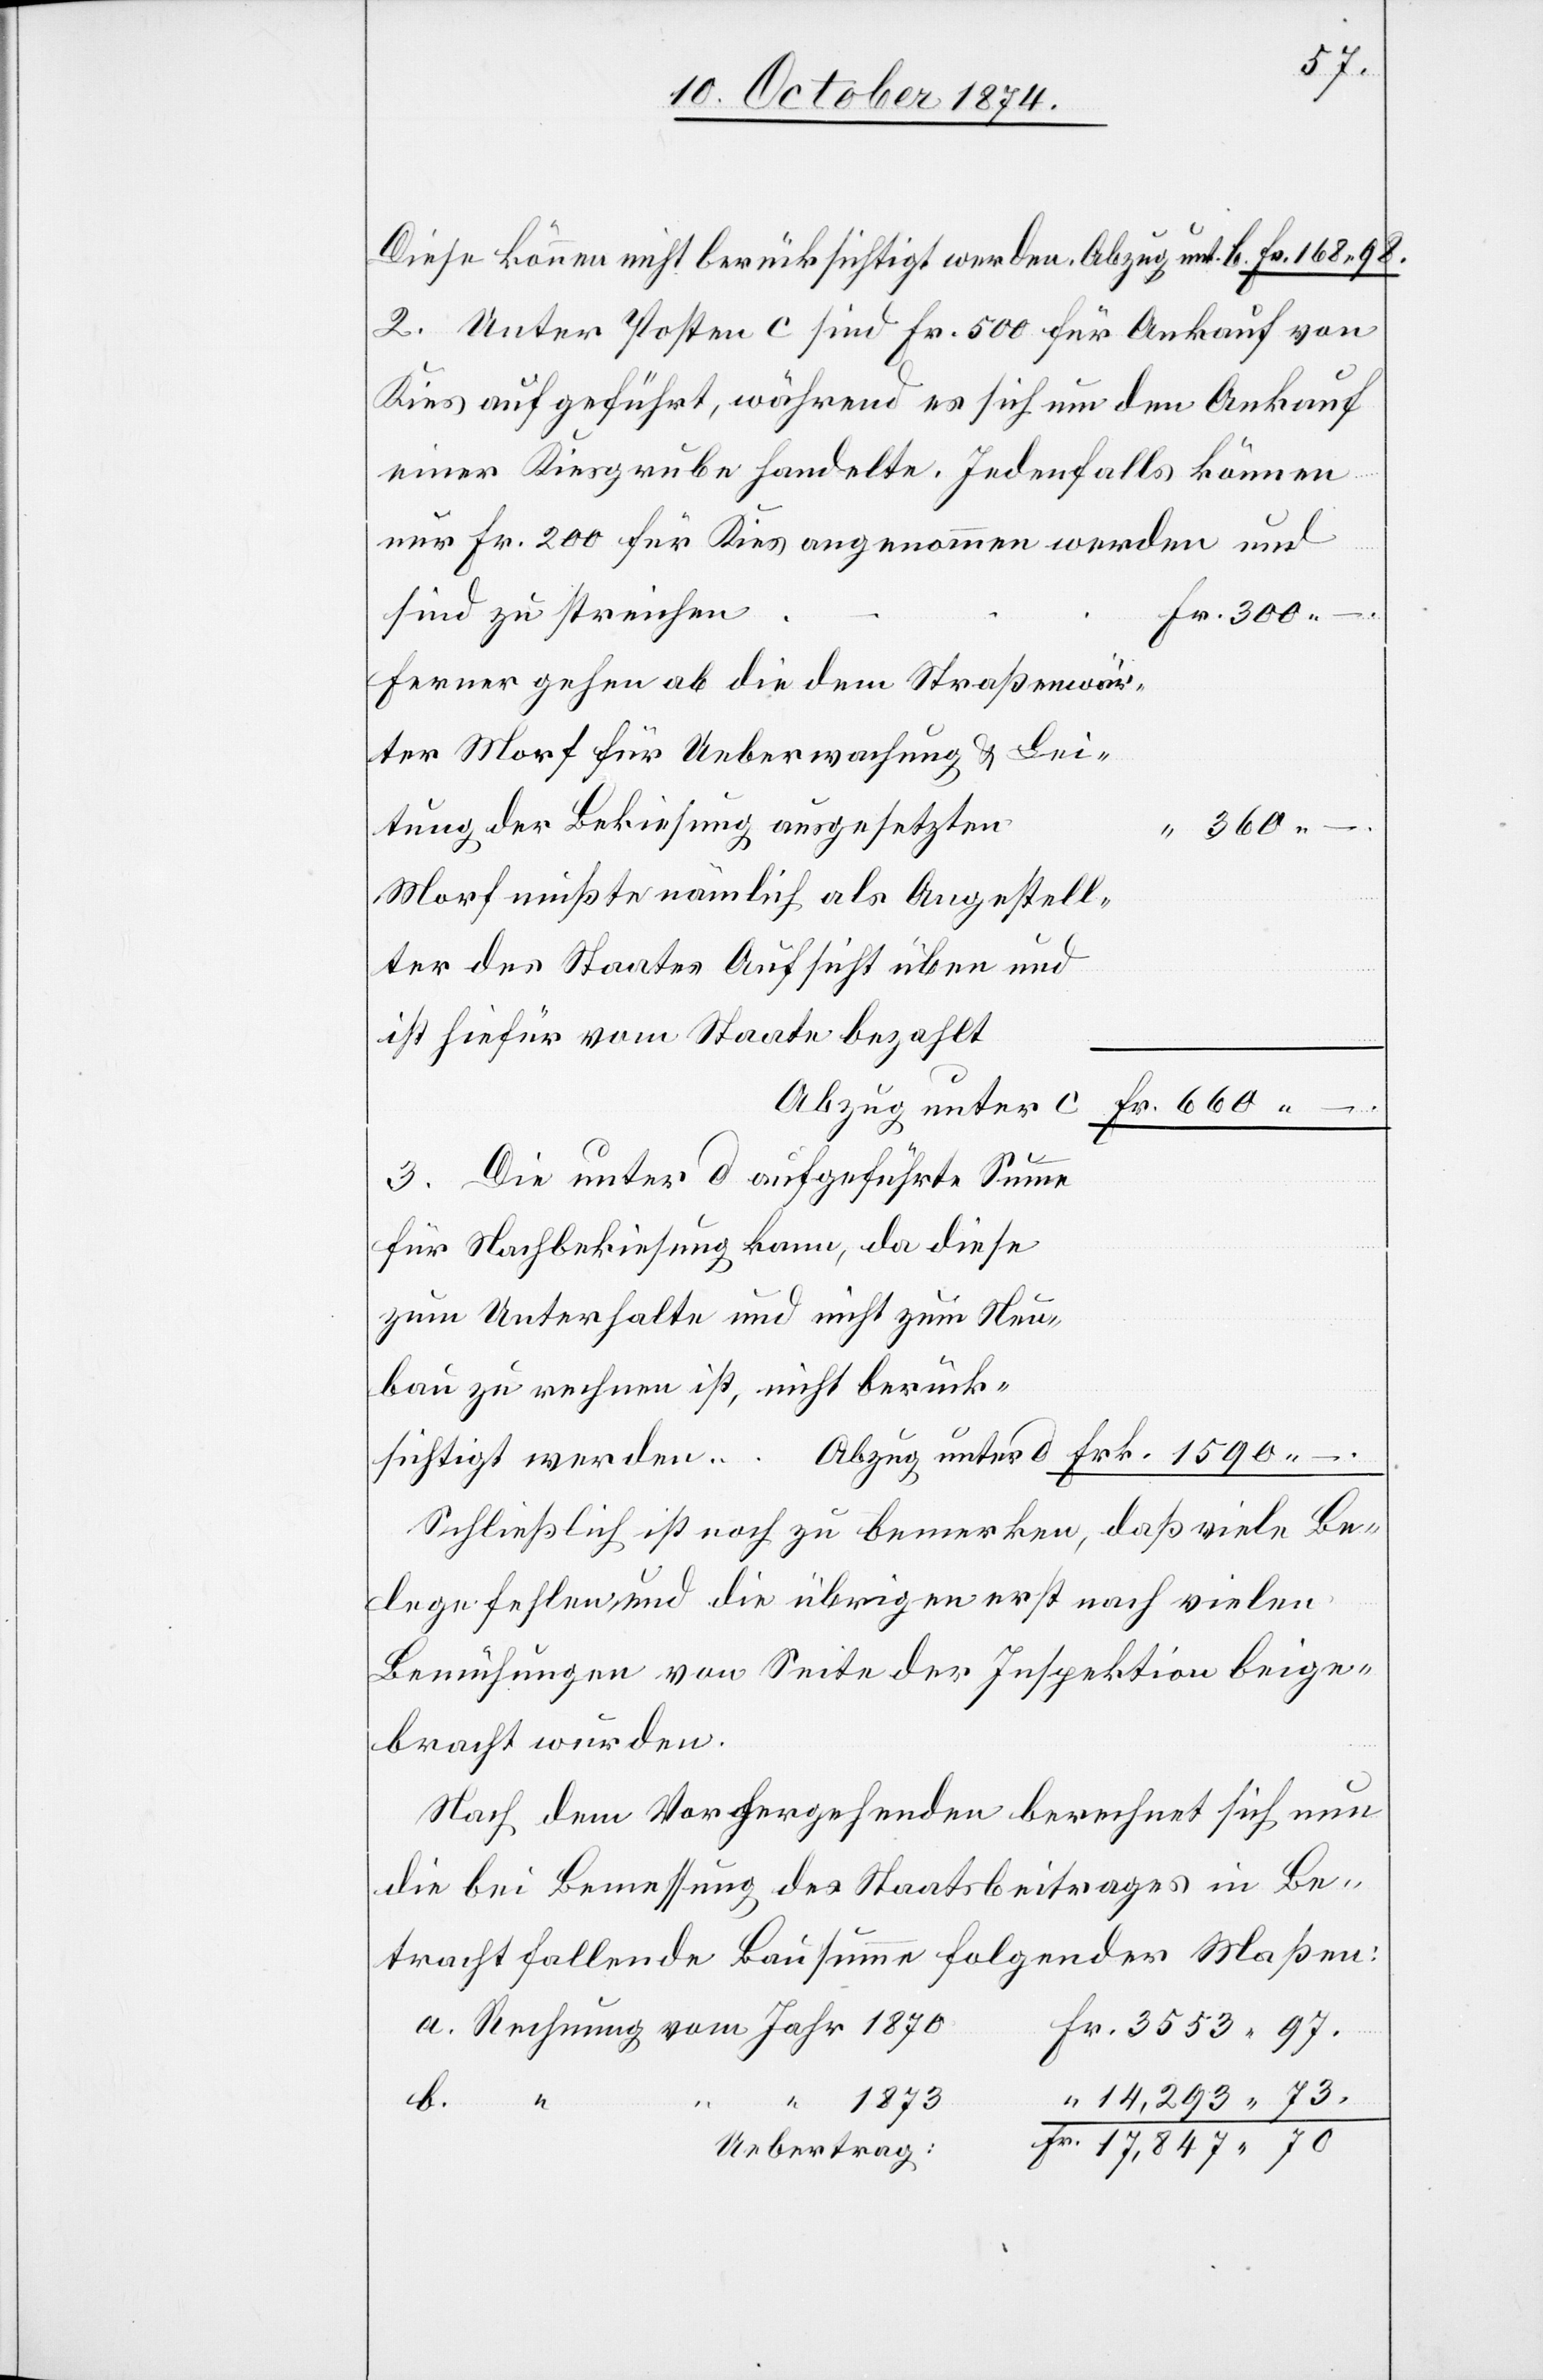
Diese können nicht berücksichtigt werden. Abzug unt. b. Fr. 168.98.
2. Unter Posten c sind Fr. 500 für Ankauf von
Kies aufgeführt, während es sich um den Ankauf
einer Kiesgrube handelte. Jedenfalls können
nur Fr. 200 für Kies angenommen werden und
sind zu streichen
Ferner gehen ab die dem Straßenwär¬
ter Morf für Ueberwachung & Lei¬
tung der Bekiesung ausgesetzten
Morf mußte nämlich als Angestell¬
ter des Staates Aufsicht üben und
ist hiefür vom Staate bezahlt
Abzug unter d
3. Die unter d aufgeführte Summe
für Nachbekiesung kann, da diese
zum Unterhalte und nicht zum Neu¬
bau zu rechnen ist, nicht berück¬
sichtigt werden.
Schließlich ist noch zu bemerken, daß viele Be¬
lege fehlen und die übrigen erst nach vielen
Bemühungen von Seite der Inspektion beige¬
bracht wurden.
Nach dem Vorhergehenden berechnet sich nun
die bei Bemessung des Staatsbeitrages in Be¬
tracht fallende Bausumme folgender Maßen:
73.